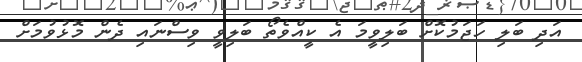
އަދި ބަލި ހަޖަމުކޮށް ބަލިވީމަ އެ ކީއްވެތޯ ބަލިވީ ވިސްނައި ދެން މޮޅުވުމަށް